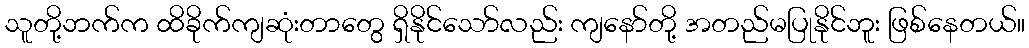
သူတို့ဘက်က ထိခိုက်ကျဆုံးတာတွေ ရှိနိုင်သော်လည်း ကျနော်တို့ အတည်မပြုနိုင်ဘူး ဖြစ်နေတယ်။